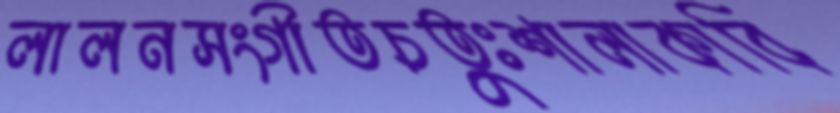
লালনসংগীতচতুঃশালাকাবি